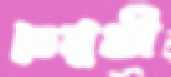
তেমুখী